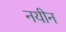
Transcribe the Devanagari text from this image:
नयीन